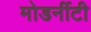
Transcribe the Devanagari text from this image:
मोडर्नीटी